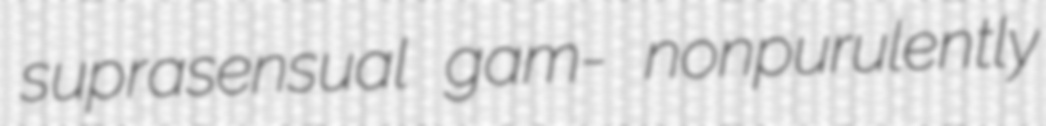
suprasensual gam- nonpurulently